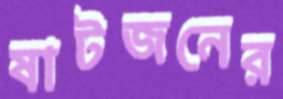
ষাটজনের